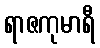
ရာဇကုမာရီ